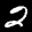
Label: 2